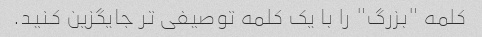
کلمه "بزرگ" را با یک کلمه توصیفی تر جایگزین کنید.